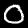
Digit: 0